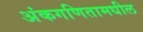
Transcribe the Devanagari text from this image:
अंकगणितामधील